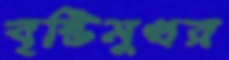
বৃষ্টিমুখর